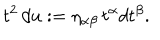
LaTeX: t ^ { 2 } \, d u : = \eta _ { \alpha \beta } \, t ^ { \alpha } d t ^ { \beta } .